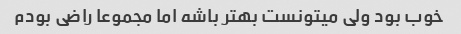
خوب بود ولی میتونست بهتر باشه اما مجموعا راضی بودم